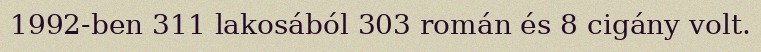
1992-ben 311 lakosából 303 román és 8 cigány volt.